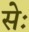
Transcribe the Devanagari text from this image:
सेः